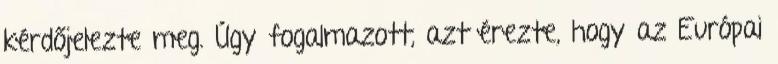
kérdőjelezte meg. Úgy fogalmazott, azt érezte, hogy az Európai